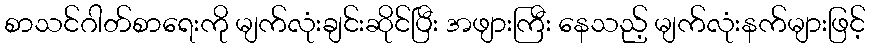
စာသင်ဂါတ်စာရေးကို မျက်လုံးချင်းဆိုင်ပြီး အဖျားကြီး နေသည့် မျက်လုံးနက်များဖြင့်